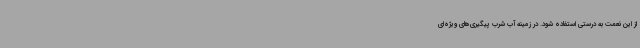
از این نعمت به درستی استفاده شود. در زمینه آب شرب پیگیری‌های ویژه‌ای